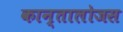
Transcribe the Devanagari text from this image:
कान्तालोजस